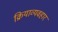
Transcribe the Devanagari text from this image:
क्रियाव्यवहार